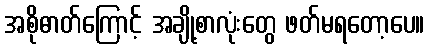
အစိုဓာတ်ကြောင့် အချို့စာလုံးတွေ ဖတ်မရတော့ပေ။